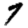
Digit: 7